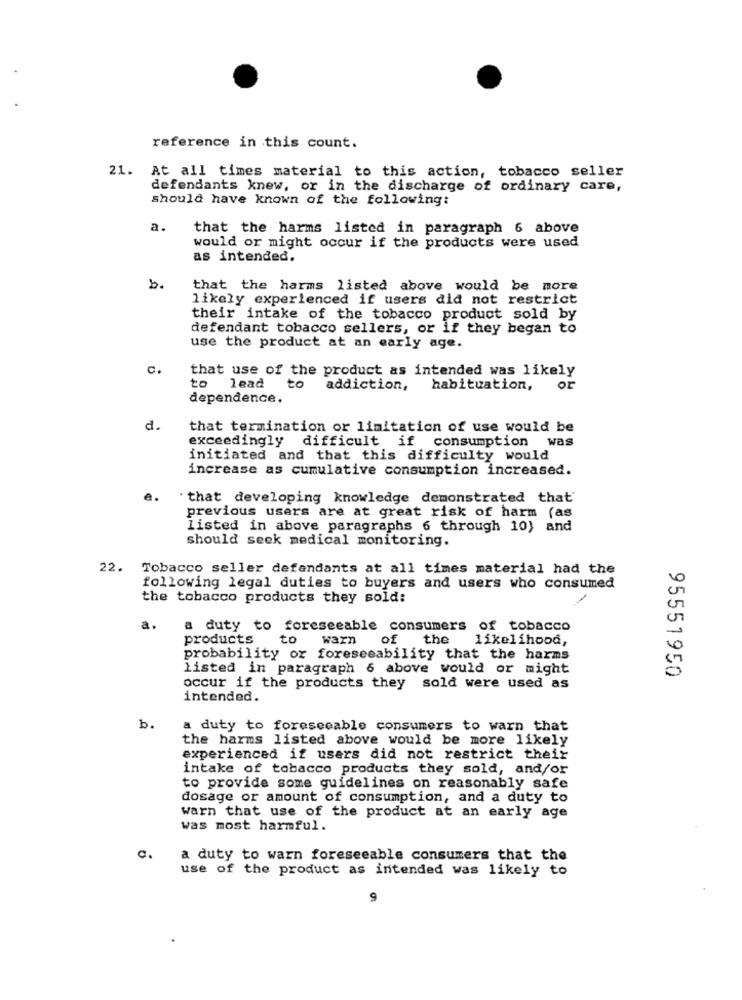
reference in this count.
21. At all times material to this action, tobacco seller
defendants knew, or in the discharge of ordinary care,
should have known of the following:
a.
that the harms listed in paragraph 6 above
would or might occur if the products were used
as intended.
b.
that the harms listed above would be more
likely experienced if users did not restrict
their intake of the tobacco product sold by
defendant tobacco sellers, or if they began to
use the product at an early age.
C.
that use of the product as intended was likely
to
lead
to
addiction,
habituation, or
dependence.
d.
that termination or limitation of use would be
exceedingly difficult if consumption was
initiated and that this difficulty would
increase as cumulative consumption increased.
e.
" that developing knowledge demonstrated that'
previous users are at great risk of harm (as
listed in above paragraphs 6 through 10) and
should seek medical monitoring.
22. Tobacco seller defendants at all times material had the
following legal duties to buyers and users who consumed
the tobacco products they sold:
a.
a duty to foreseeable consumers of tobacco
products
to
warn
of
the
likelihood,
probability or foreseeability that the harms
listed in paragraph 6 above would or might
95551950
occur if the products they sold were used as
intended.
b.
a duty to foreseeable consumers to warn that
the harms listed above would be more likely
experienced if users did not restrict their
intake of tobacco products they sold, and/or
to provide some guidelines on reasonably safe
dosage or amount of consumption, and a duty to
warn that use of the product at an early age
was most harmful.
c.
a duty to warn foreseeable consumers that the
use of the product as intended was likely to